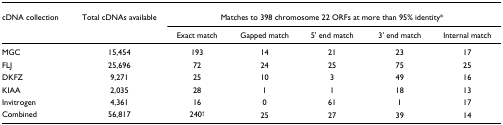
| cDNA collection | Total cDNAs available | <COLSPAN=5> Matches to 398 chromosome 22 ORFs at more than 95% identity* |
 |  |  | Exact match | Gapped match | 5' end match | 3' end match | Internal match |
 | --- | --- | --- | --- | --- | --- | --- |
 | MGC | 15,454 | 193 | 14 | 21 | 23 | 17 |
 | FLJ | 25,696 | 72 | 24 | 25 | 75 | 25 |
 | DKFZ | 9,271 | 25 | 10 | 3 | 49 | 16 |
 | KIAA | 2,035 | 28 | 1 | 1 | 18 | 13 |
 | Invitrogen | 4,361 | 16 | 0 | 61 | 1 | 17 |
 | Combined | 56,817 | 240† | 25 | 27 | 39 | 14 |